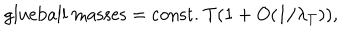
\mathrm { g l u e b a l l ~ m a s s e s = c o n s t . } ~ T ( 1 + O ( 1 / \lambda _ { T } ) ) ,